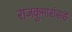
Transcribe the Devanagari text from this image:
राजकुमारांसह